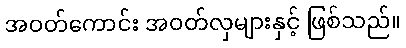
အဝတ်ကောင်း အဝတ်လှများနှင့် ဖြစ်သည်။